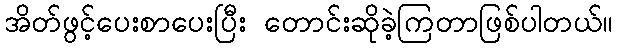
အိတ်ဖွင့်ပေးစာပေးပြီး တောင်းဆိုခဲ့ကြတာဖြစ်ပါတယ်။